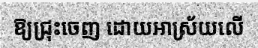
ឱ្យជ្រុះចេញ ដោយអាស្រ័យលើ